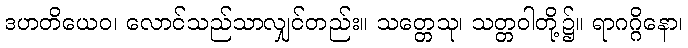
ဒဟတိယေဝ၊ လောင်သည်သာလျှင်တည်း။ သတ္တေသု၊ သတ္တဝါတို့၌။ ရာဂဂ္ဂိနော၊